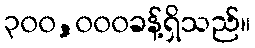
၃၀၀,၀၀၀ခန့်ရှိသည်။